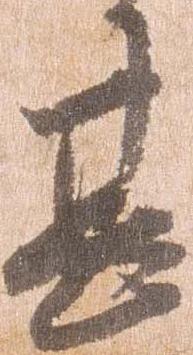
甚